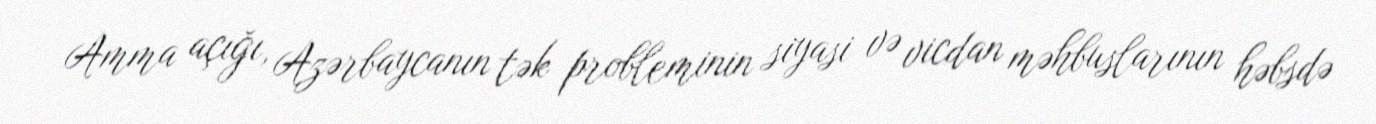
Amma açığı, Azərbaycanın tək probleminin siyasi və vicdan məhbuslarının həbsdə